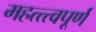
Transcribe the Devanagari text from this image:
महत्त्त्वपूर्ण